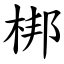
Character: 梆